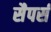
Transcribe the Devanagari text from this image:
सैपर्स